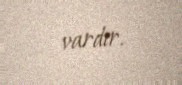
vardır.